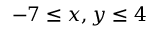
- 7 \leq x , y \leq 4